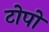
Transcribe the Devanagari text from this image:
टोपो